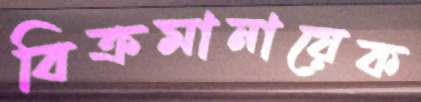
বিক্রমানায়েক